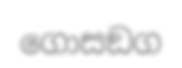
ගොසඞග